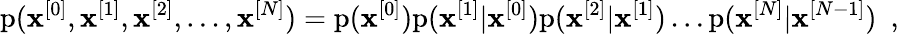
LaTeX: \mathrm{p}(\mathbf{x}^{[0]},\mathbf{x}^{[1]},\mathbf{x}^{[2]},\ldots,\mathbf{x}^{[N]})=\mathrm{p}(\mathbf{x}^{[0]})\mathrm{p}(\mathbf{x}^{[1]}|\mathbf{x}^{[0]})\mathrm{p}(\mathbf{x}^{[2]}|\mathbf{x}^{[1]})\ldots\mathrm{p}(\mathbf{x}^{[N]}|\mathbf{x}^{[N-1]})\enspace,